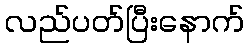
လည်ပတ်ပြီးနောက်